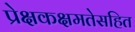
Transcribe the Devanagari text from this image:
प्रेक्षकक्षमतेसहित